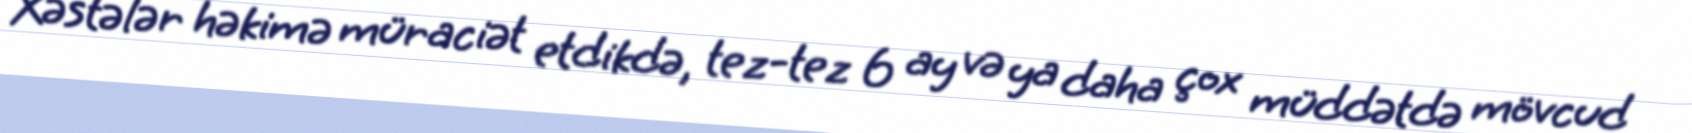
Xəstələr həkimə müraciət etdikdə, tez-tez 6 ay və ya daha çox müddətdə mövcud